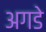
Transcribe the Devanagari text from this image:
अगडे